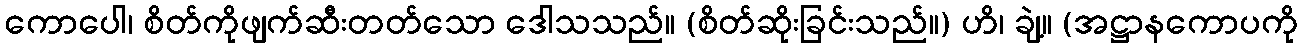
ကောပေါ၊ စိတ်ကိုဖျက်ဆီးတတ်သော ဒေါသသည်။ (စိတ်ဆိုးခြင်းသည်။) ဟိ၊ ချဲ့။ (အဋ္ဌာနကောပကို